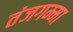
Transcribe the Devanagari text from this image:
तंजगम्मा